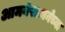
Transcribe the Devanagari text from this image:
आमनेसामनेच्या